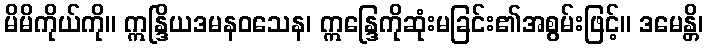
မိမိကိုယ်ကို။ ဣန္ဒြိယဒမနဝသေန၊ ဣန္ဒြေကိုဆုံးမခြင်း၏အစွမ်းဖြင့်။ ဒမေန္တိ၊